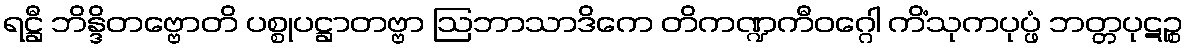
ရဋ္ဌီ ဘိန္ဒိတဗ္ဗောတိ ပစ္စုပဋ္ဌာတဗ္ဗာ ဩဘာသာဒိကေ တိကဏ္ဍကီဝဂ္ဂေါ ကိံသုကပုပ္ဖံ ဘတ္တပုဋဉ္စ